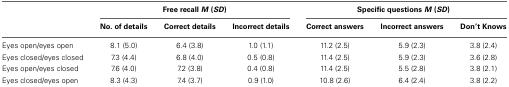
|  | <COLSPAN=3> Free recall M (SD) | <COLSPAN=3> Specific questions M (SD) |
 |  | No. of details | Correct details | Incorrect details | Correct answers | Incorrect answers | Don't Knows |
 | --- | --- | --- | --- | --- | --- | --- |
 | Eyes open/eyes open | 8.1 (5.0) | 6.4 (3.8) | 1.0 (1.1) | 11.2 (2.5) | 5.9 (2.3) | 3.8 (2.4) |
 | Eyes closed/eyes closed | 7.3 (4.4) | 6.8 (4.0) | 0.5 (0.8) | 11.4 (2.5) | 5.9 (2.3) | 3.6 (2.8) |
 | Eyes open/eyes closed | 7.6 (4.0) | 7.2 (3.8) | 0.4 (0.8) | 11.4 (2.5) | 5.5 (2.8) | 3.8 (2.1) |
 | Eyes closed/eyes open | 8.3 (4.3) | 7.4 (3.7) | 0.9 (1.0) | 10.8 (2.6) | 6.4 (2.4) | 3.8 (2.2) |